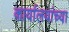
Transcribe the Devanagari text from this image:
कार्यालयांच्या